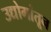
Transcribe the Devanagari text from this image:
उद्योगांतून